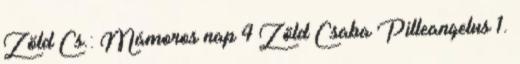
Zöld Cs.: Mámoros nap 4 Zöld Csaba Pilleangelus 1.